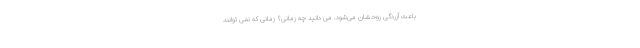
باعث آزردگی روحشان می‌شود. می دانید چه زمانی؟ زمانی که نمی توانند